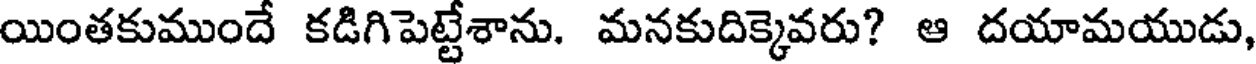
యింతకుముందే కడిగిపెట్టేశాను. మనకుదిక్కెవరు? ఆ దయామయుడు,